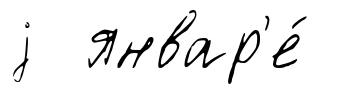
j январ'е́